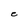
Character: C